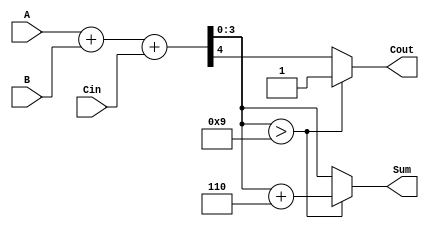
module BCD_Adder (
    input  [3:0] A,      // First BCD digit
    input  [3:0] B,      // Second BCD digit
    input        Cin,     // Carry input
    output reg [3:0] Sum, // Resulting BCD digit
    output reg Cout       // Carry output
);

    wire [4:0] S;        // 5-bit sum to accommodate carry
    wire [4:0] corrected_sum; // Corrected sum if needed

    // Step 1: Perform binary addition
    assign S = A + B + Cin;

    // Step 2: Check if correction is needed
    always @(*) begin
        if (S[3:0] > 4'b1001) begin
            // If the sum is greater than 9, apply BCD correction
            Sum = S[3:0] + 4'b0110; // Add 6 to correct
            Cout = 1'b1;            // Set carry out
        end else begin
            // If the sum is valid BCD
            Sum = S[3:0];           // No correction needed
            Cout = S[4];           // Carry out is the carry from the addition
        end
    end

endmodule